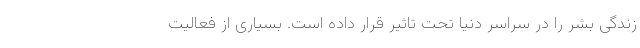
زندگیِ بشر را در سراسرِ دنیا تحت تاثیر قرار داده است. بسیاری از فعالیت